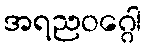
အရညဝဂ္ဂေါ